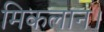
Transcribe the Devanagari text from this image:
मिकलान।